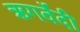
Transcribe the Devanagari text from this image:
ऋगर्वेदी